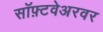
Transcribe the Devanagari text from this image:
सॉफ़्टवेअरवर